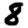
Digit: 8